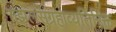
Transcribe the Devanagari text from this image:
गझलसंग्रहाव्यतिरिक्त